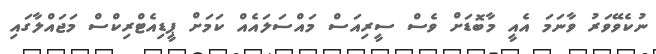
ނުކެވޭވަރު ވާނަމަ އެއީ މާބޮޑަށް ވެސް ސީރިއަސް މައްސަލައެއް ކަމަށް ޕީޑިއެޓްރިކްސް މަޖައްލާގައި